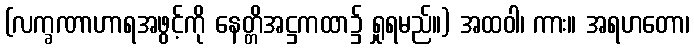
(လက္ခဏာဟာရအဖွင့်ကို နေတ္တိအဋ္ဌကထာ၌ ရှုရမည်။) အထဝါ၊ ကား။ အရဟတော၊